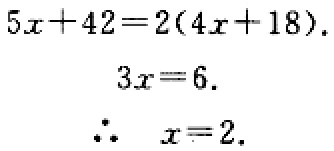
\[
\begin{align*}
5x + 42&=2(4x + 18)\\
3x&=6\\
\therefore\ x&=2
\end{align*}
\]